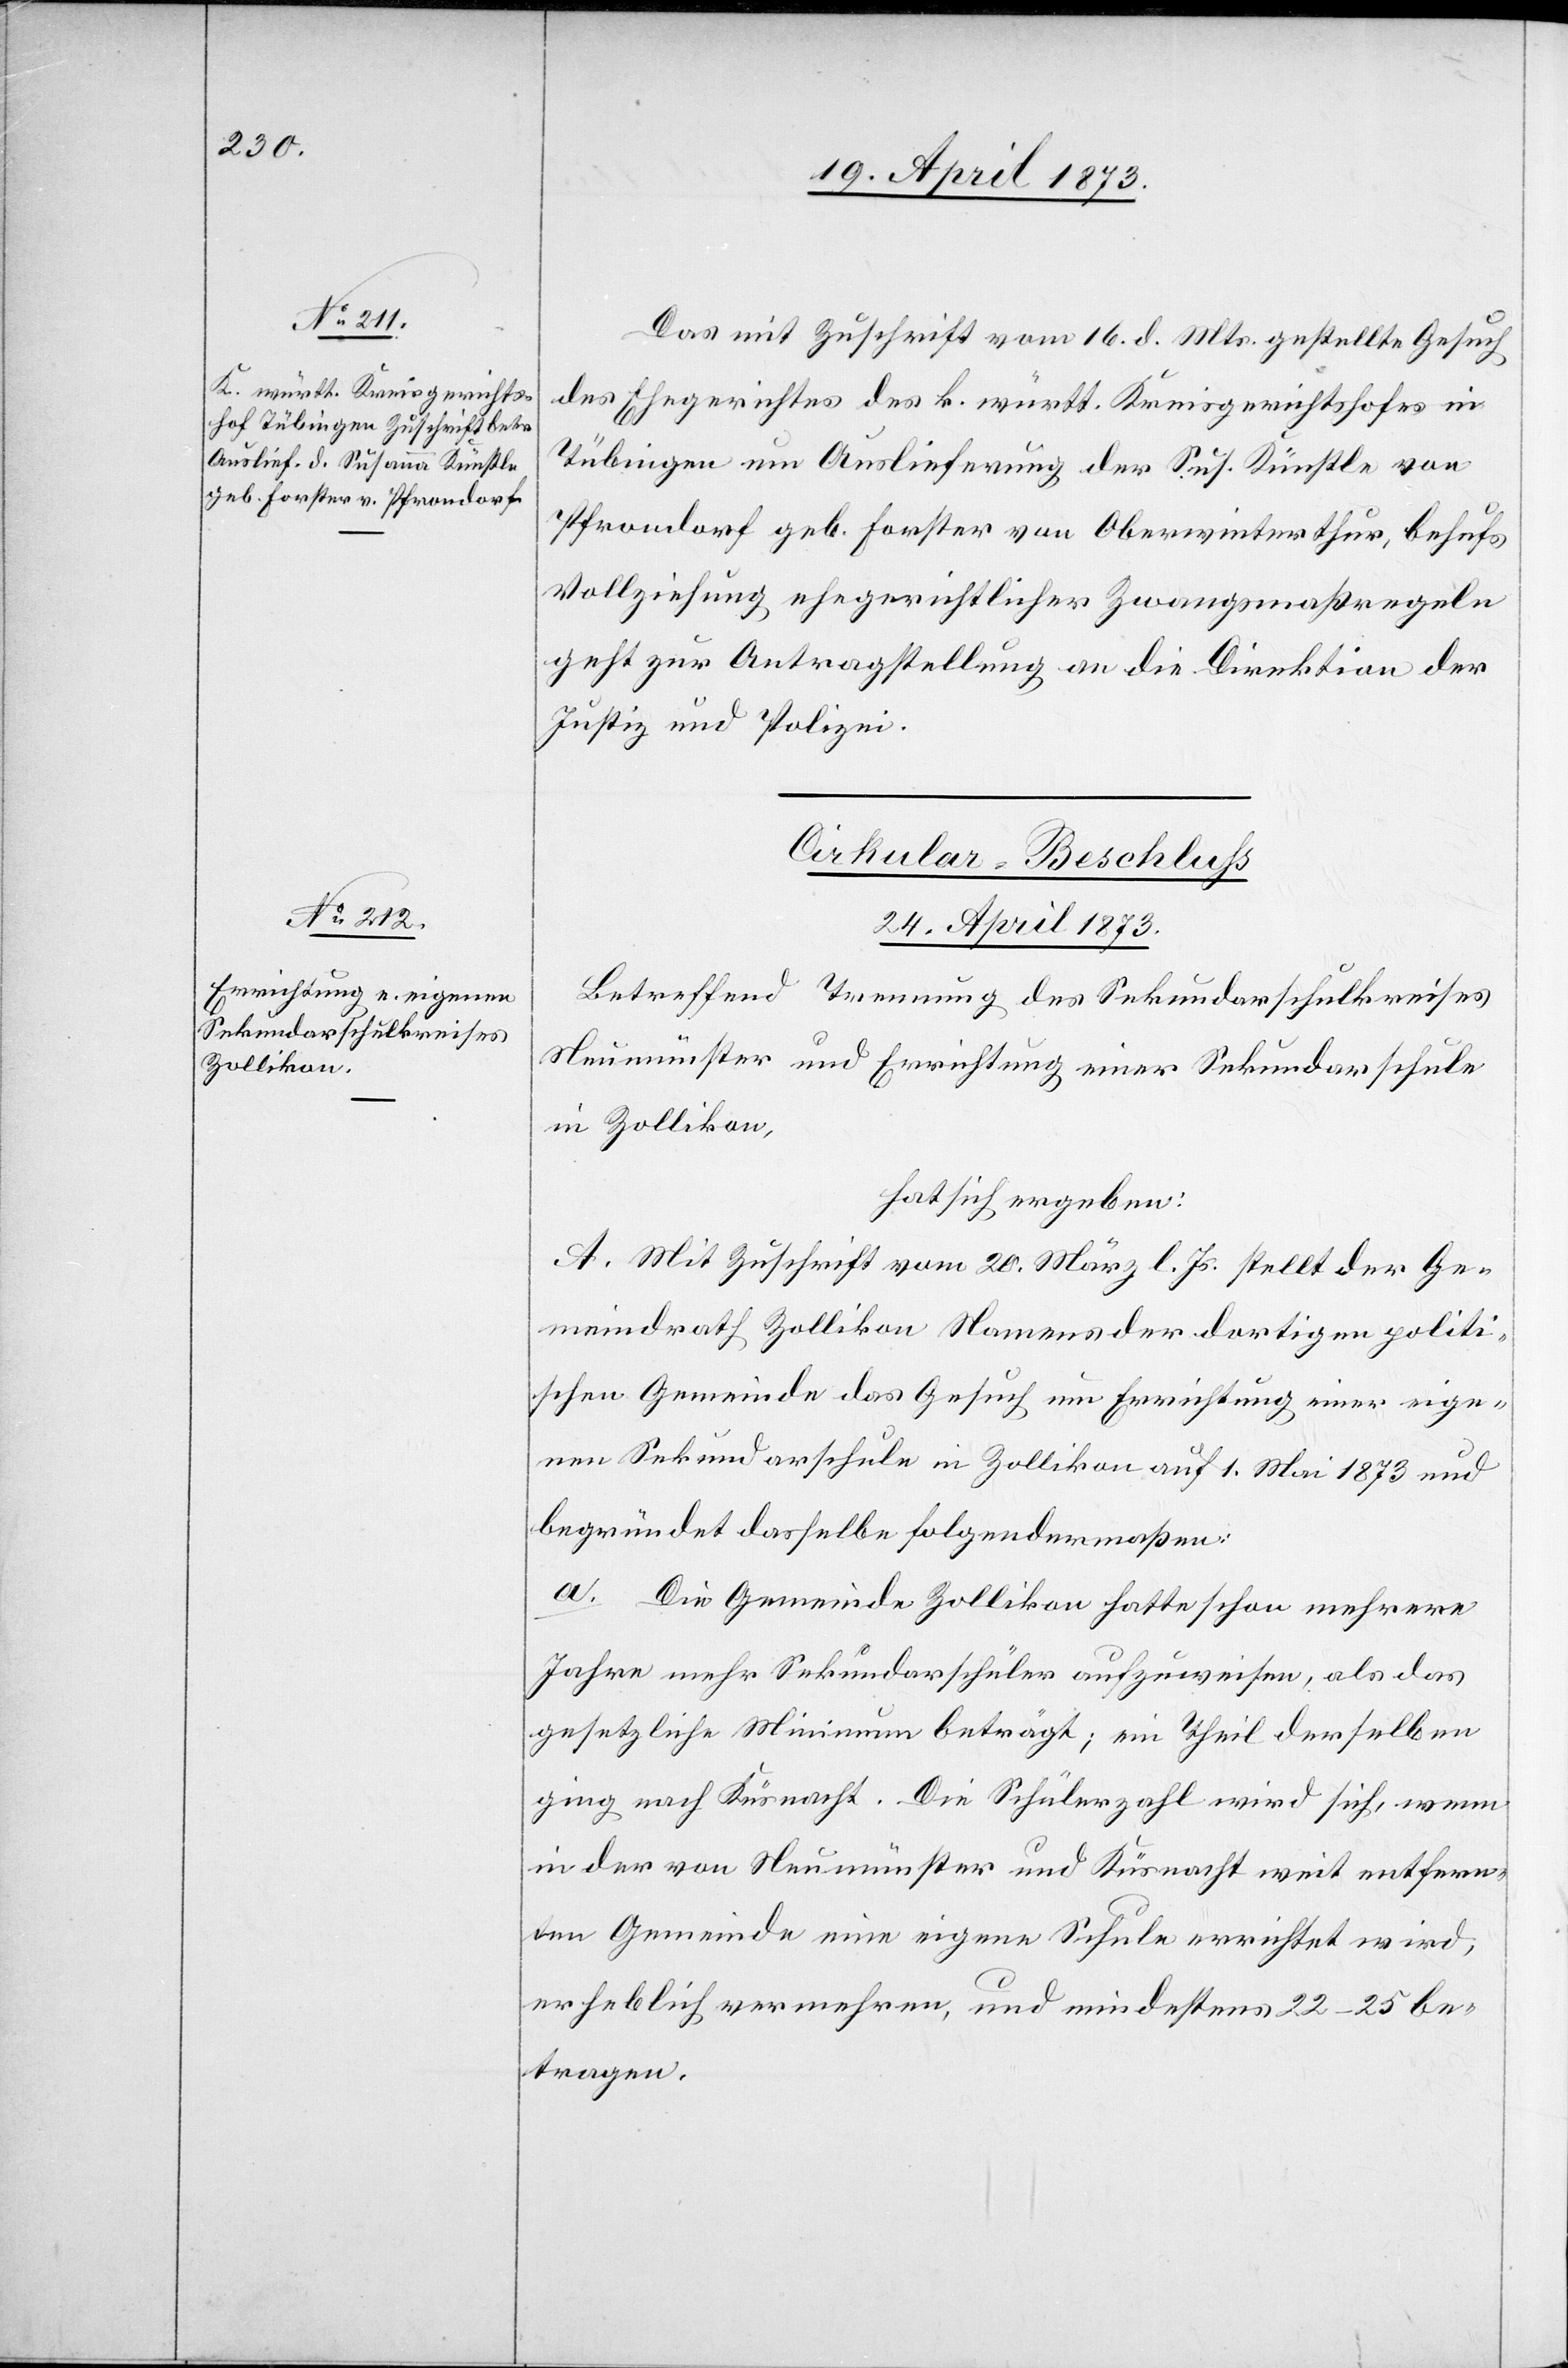
Das mit Zuschrift vom 16. d. Mts. gestellte Gesuch
des Ehegerichtes des k. württ. Kreisgerichtshofes in
Tübingen um Auslieferung der Sus. Künstle von
Pfrondorf geb. Forster von Oberwinterthur, behufs
Vollziehung ehegerichtlicher Zwangsmaßregeln
geht zur Antragstellung an die Direktion der
Justiz und Polizei.
Cirkular-Beschluss
24. April 1873
Betreffend Trennung des Sekundarschulkreises
Neumünster und Errichtung einer Sekundarschule
in Zolllikon,
hat sich ergeben:
A. Mit Zuschrift vom 20. März l. Js. stellt der Ge¬
meindrath Zollikon Namens der dortigen politi¬
schen Gemeinde das Gesuch um Errichtung einer eige¬
nen Sekundarschule in Zollikon auf 1. Mai 1873 und
begründet dasselbe folgendermaßen:
a. Die Gemeinde Zollikon hatte schon mehrere
Jahre mehr Sekundarschüler aufzuweisen, als das
gesetzliche Minimum beträgt; ein Theil derselben
ging nach Küsnacht. Die Schülerzahl wird sich, wenn
in der von Neumünster und Küsnacht weit entfern¬
ten Gemeinde eine eigene Schule errichtet wird,
erheblich vermehren, und mindestens 22-25 be¬
tragen.